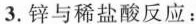
3.锌与稀盐酸反应：